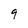
Character: 9